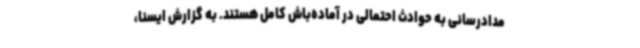
مدادرسانی به حوادث احتمالی در آماده‌باش کامل هستند. به گزارش ایسنا،